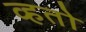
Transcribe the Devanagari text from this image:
व्हतो